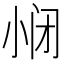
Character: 𱚥